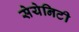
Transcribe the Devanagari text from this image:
सेयेनिटी